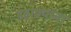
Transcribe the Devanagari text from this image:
डहाक्यांना